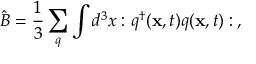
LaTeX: \hat { B } = \frac { 1 } { 3 } \sum _ { q } \int d ^ { 3 } x : q ^ { \dagger } ( { \bf x } , t ) q ( { \bf x } , t ) : \: ,